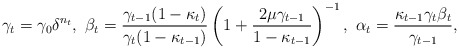
\begin{align*}\gamma_t=\gamma_0\delta^{n_t},\ \beta_t=\frac{\gamma_{t-1}(1-\kappa_t)}{\gamma_t(1-\kappa_{t-1})}\left(1+\frac{2\mu\gamma_{t-1}}{1-\kappa_{t-1}}\right)^{-1},\ \alpha_t=\frac{\kappa_{t-1}\gamma_{t}\beta_t}{\gamma_{t-1}},\end{align*}